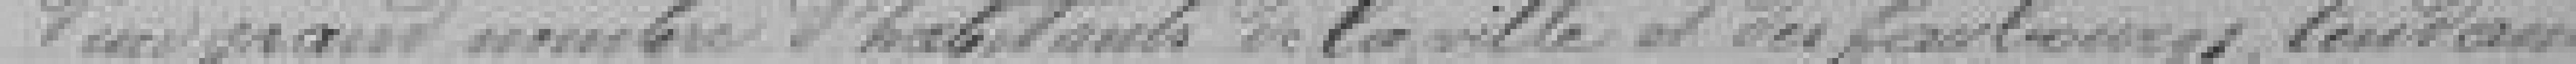
d'un grand nombre d'habitants de la Ville et du faubourgs , tendant